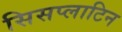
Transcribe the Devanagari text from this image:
सिसप्लाटिन